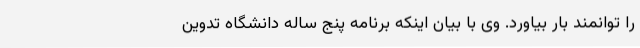
را توانمند بار بیاورد. وی با بیان اینکه برنامه پنج ساله دانشگاه تدوین